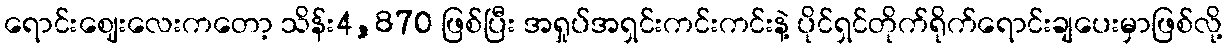
ရောင်းဈေးလေးကတော့ သိန်း4,870 ဖြစ်ပြီး အရှုပ်အရှင်းကင်းကင်းနဲ့ ပိုင်ရှင်တိုက်ရိုက်ရောင်းချပေးမှာဖြစ်လို့